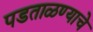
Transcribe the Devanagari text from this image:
पडताळण्याचे